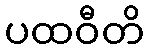
ပထဝီတိ